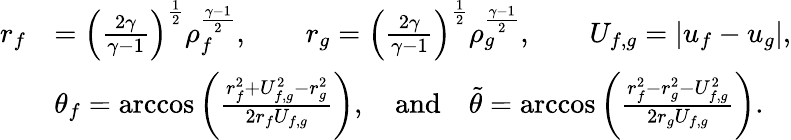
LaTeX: \begin{array}{rl}{r_{f}}&{=\left(\frac{2\gamma}{\gamma-1}\right)^{\frac 12}\rho_{f}^{\frac{\gamma-1}{2}},\qquad r_{g}=\left(\frac{2\gamma}{\gamma-1}\right)^{\frac 12}\rho_{g}^{\frac{\gamma-1}{2}},\qquad U_{f,g}=|u_{f}-u_{g}|,}\\ &{\theta_{f}=\operatorname{arccos}\left(\frac{r_{f}^{2}+U_{f,g}^{2}-r_{g}^{2}}{2r_{f}U_{f,g}}\right),\quad\mathrm{and}\quad\tilde{\theta}=\operatorname{arccos}\left(\frac{r_{f}^{2}-r_{g}^{2}-U_{f,g}^{2}}{2r_{g}U_{f,g}}\right).}\end{array}